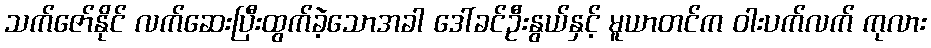
သက်ဇော်နိုင် လက်ဆေးပြီးထွက်ခဲ့သောအခါ ဒေါ်ခင်ဦးနွယ်နှင့် မူယာတင်က ဝါးပက်လက် ကုလား